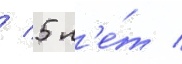
/ 5 л'е́т /